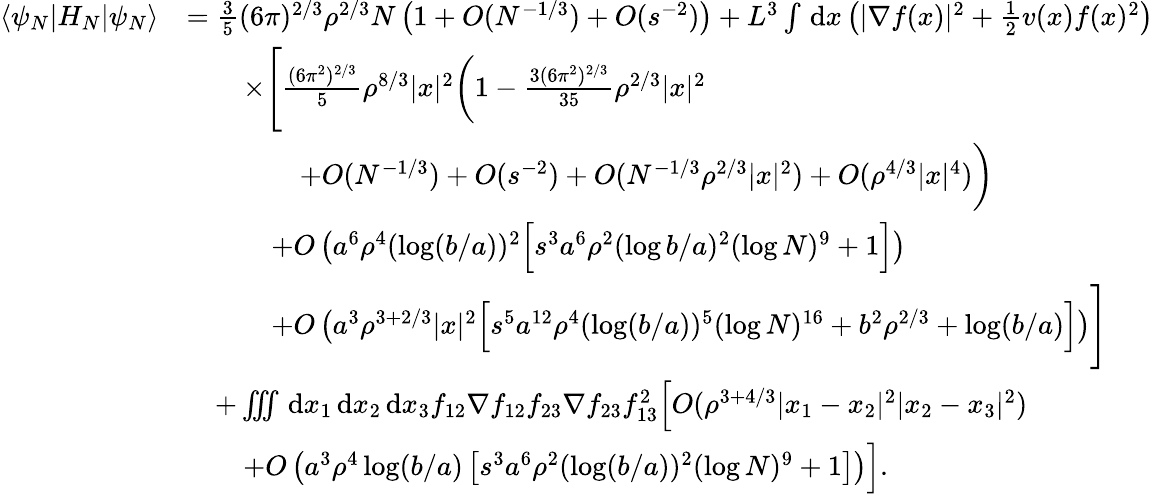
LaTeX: \begin{array}{rl}{\left\langle\psi_{N}\middle\vert H_{N}\middle\vert\psi_{N}\right\rangle}&{=\frac{3}{5}(6\pi)^{2/3}\rho^{2/3}N\left(1+O(N^{-1/3})+O(s^{-2})\right)+L^{3}\int\, \textnormal{d}x\left(|\nabla f(x)|^{2}+\frac{1}{2}v(x)f(x)^{2}\right)}\\ &{\qquad\times\Bigg[\frac{(6\pi^{2})^{2/3}}{5}\rho^{8/3}|x|^{2}\biggl(1-\frac{3(6\pi^{2})^{2/3}}{35}\rho^{2/3}|x|^{2}}\\ &{\qquad\qquad+O(N^{-1/3})+O(s^{-2})+O(N^{-1/3}\rho^{2/3}|x|^{2})+O(\rho^{4/3}|x|^{4})\biggr)}\\ &{\qquad\quad+O\left(a^{6}\rho^{4}(\log(b/a))^{2}\Bigl[s^{3}a^{6}\rho^{2}(\log b/a)^{2}(\log N)^{9}+1\Bigr]\right)}\\ &{\qquad\quad+O\left(a^{3}\rho^{3+2/3}|x|^{2}\Bigl[s^{5}a^{12}\rho^{4}(\log(b/a))^{5}(\log N)^{16}+b^{2}\rho^{2/3}+\log(b/a)\Bigr]\right)\Bigg]}\\ &{\quad+\iiint\, \textnormal{d}x_{1}\, \textnormal{d}x_{2}\, \textnormal{d}x_{3}f_{12}\nabla f_{12}f_{23}\nabla f_{23}f_{13}^{2}\Bigl[O(\rho^{3+4/3}|x_{1}-x_{2}|^{2}|x_{2}-x_{3}|^{2})}\\ &{\qquad+O\left(a^{3}\rho^{4}\log(b/a)\left[s^{3}a^{6}\rho^{2}(\log(b/a))^{2}(\log N)^{9}+1\right]\right)\Bigr].}\end{array}